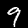
Digit: 9